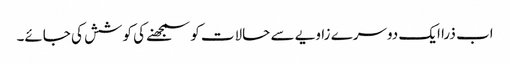
اب ذرا ایک دوسرے زاویے سے حالات کو سمجھنے کی کوشش کی جائے۔